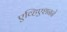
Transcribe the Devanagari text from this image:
एव्हिएशनने